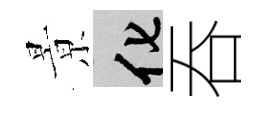
㬌化吞